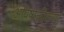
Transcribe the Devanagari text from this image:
अविषाक्तीकरणृ